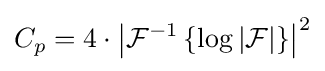
C_{p}=4\cdot \left|{\mathcal {F}}^{-1}\left\{\log |{\mathcal {F}}|\right\}\right|^{2}